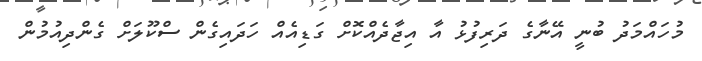
މުހައްމަދު ބުނީ އޭނާގެ ދަރިފުޅު އާ އިޖާދެއްކޮށް ގަޑިއެއް ހަދައިގެން ސްކޫލަށް ގެންދިއުމުން